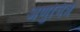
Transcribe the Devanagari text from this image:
अणुचित्र